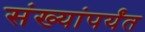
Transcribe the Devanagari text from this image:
संख्यांपर्यंत